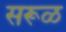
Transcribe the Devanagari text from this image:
सरूळ